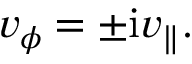
v _ { \phi } = \pm \mathrm { i } v _ { \parallel } .